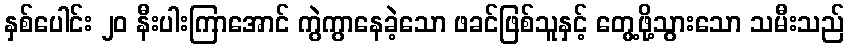
နှစ်ပေါင်း ၂၀ နီးပါးကြာအောင် ကွဲကွာနေခဲ့သော ဖခင်ဖြစ်သူနှင့် တွေ့ဖို့သွားသော သမီးသည်